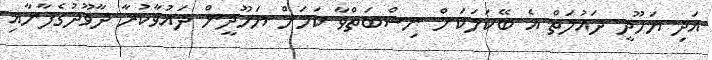
އަދި ޔަހޫދީ ދައުލަތް އެ ބޭކަލަކަށް ނިސްބަތްވާ ކަމަށް ޔަހޫދީން ދައުވާކުރާ ދާވޫދުގެފާނާއި